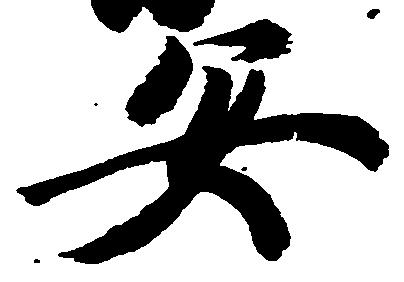
安